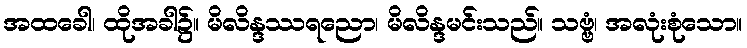
အထခေါ၊ ထိုအခါ၌။ မိလိန္ဒဿရညော၊ မိလိန္ဒမင်းသည်။ သဗ္ဗံ၊ အလုံးစုံသော။